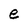
Character: e